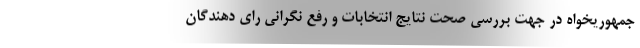
جمهوریخواه در جهت بررسی صحت نتایج انتخابات و رفع نگرانی رای دهندگان